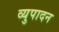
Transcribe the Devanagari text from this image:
व्युपादन